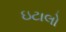
ઇટાલો